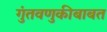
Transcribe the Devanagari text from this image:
गुंतवणुकीबाबत